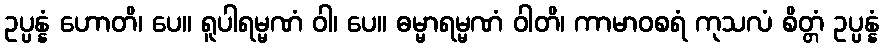
ဥပ္ပန္နံ ဟောတိ၊ ပေ။ ရူပါရမ္မဏံ ဝါ၊ ပေ။ ဓမ္မာရမ္မဏံ ဝါတိ၊ ကာမာဝစရံ ကုသလံ စိတ္တံ ဥပ္ပန္နံ